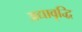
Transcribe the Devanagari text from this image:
अद्यावृद्धि